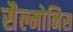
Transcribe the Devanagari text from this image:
सैल्मोनिस